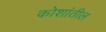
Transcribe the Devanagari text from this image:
कोशांतील